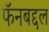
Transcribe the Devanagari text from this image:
फॅनबद्दल